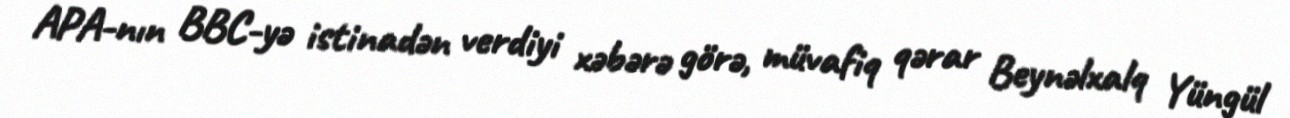
APA-nın BBC-yə istinadən verdiyi xəbərə görə, müvafiq qərar Beynəlxalq Yüngül